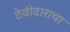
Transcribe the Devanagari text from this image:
ठेवीदाराचा